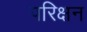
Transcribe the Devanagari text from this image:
परिक्षन